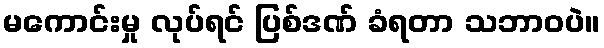
မကောင်းမှု လုပ်ရင် ပြစ်ဒဏ် ခံရတာ သဘာဝပဲ။